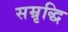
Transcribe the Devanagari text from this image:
सम्रृद्धि